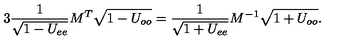
3 \frac { 1 } { \sqrt { 1 - U _ { e e } } } M ^ { T } \sqrt { 1 - U _ { o o } } = \frac { 1 } { \sqrt { 1 + U _ { e e } } } M ^ { - 1 } \sqrt { 1 + U _ { o o } } .